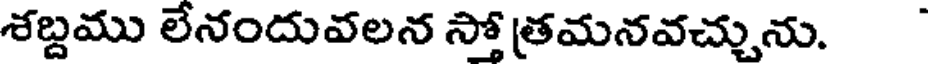
శబ్దము లేనందువలన స్తోత్రమనవచ్చును.